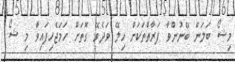
މިޝޯ ބަލަން ބޭނުންވާ ފަރާތްތަކަށް ހިލޭ ވަދެވޭ ގޮތަށް ހަމަޖެހިފައިވާ މި ޝޯ